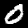
Digit: 0